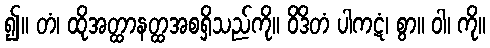
၍။ တံ၊ ထိုအတ္ထာနတ္ထအစရှိသည်ကို။ ဝိဒိတံ ပါကဋံ၊ စွာ။ ဝါ၊ ကို။